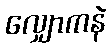
လျှောကနဲ